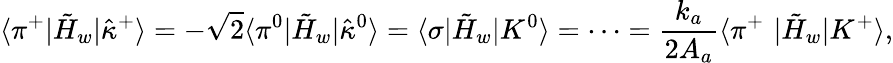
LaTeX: \langle{\pi^{+}|\tilde{H}_{w}|\hat{\kappa}^{+}}\rangle=-\sqrt{2}\langle{\pi^{0}|\tilde{H}_{w}|\hat{\kappa}^{0}}\rangle=\langle{\sigma|\tilde{H}_{w}|K^{0}}\rangle=\cdots={\frac{k_{a}}{2A_{a}}}\langle{\pi^{+}\, \, |\tilde{H}_{w}|K^{+}}\rangle,